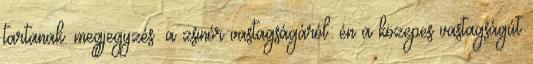
tartanak. megjegyzés: a zsinór vastagságáról: én a közepes vastagságút